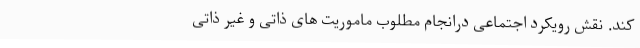
کند. نقش رویکرد اجتماعی درانجام مطلوب ماموریت های ذاتی و غیر ذاتی